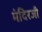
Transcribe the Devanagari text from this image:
मंदिरजी